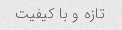
تازه و با کیفیت